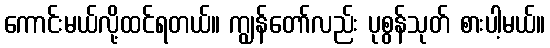
ကောင်းမယ်လို့ထင်ရတယ်။ ကျွန်တော်လည်း ပုစွန်သုတ် စားပါ့မယ်။